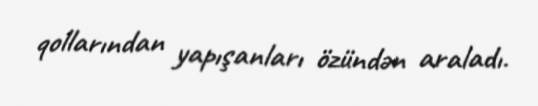
qollarından yapışanları özündən araladı.